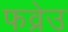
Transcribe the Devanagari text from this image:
फव्रेउ